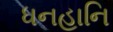
ધનહાનિ